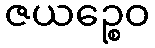
ဇယဉ္စေဝ